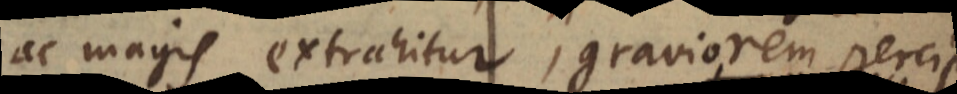
ac magis extrahitur, graviorem percipi